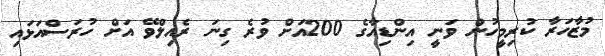
މުޒާހަރާ ކުރިމީހުން ވަނީ އިންޑިއާގެ 200އަށް ވުރެ ގިނަ ރެއިލްވޭ އަށް ހުރަސްއަޅައި